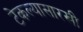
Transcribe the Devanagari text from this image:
टेकल्यासारखी